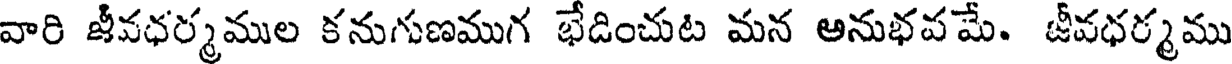
వారి జీవధర్మముల కనుగుణముగ భేడించుట మన అనుభవమే. జీవధర్మము